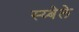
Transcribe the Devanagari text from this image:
स्य्बेले